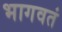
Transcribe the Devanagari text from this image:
भागवतं